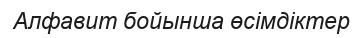
Алфавит бойынша өсімдіктер